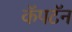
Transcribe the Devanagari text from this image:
कॅपटॅन